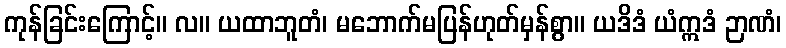
ကုန်ခြင်းကြောင့်။ လ။ ယထာဘူတံ၊ မဘောက်မပြန်ဟုတ်မှန်စွာ။ ယဒိဒံ ယံဣဒံ ဉာဏံ၊